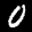
Label: 0